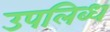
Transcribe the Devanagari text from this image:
उपलिब्ध